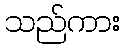
သည်ကား